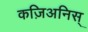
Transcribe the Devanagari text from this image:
कज़िअनिस्